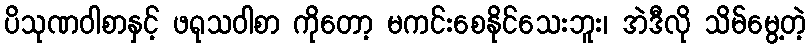
ပိသုဏဝါစာနှင့် ဖရုသဝါစာ ကိုတော့ မကင်းစေနိုင်သေးဘူး၊ အဲဒီလို သိမ်မွေ့တဲ့